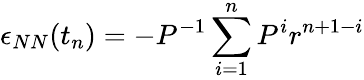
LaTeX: \epsilon_{NN}(t_{n})=-P^{-1}\sum_{i=1}^{n}P^{i}r^{n+1-i}